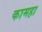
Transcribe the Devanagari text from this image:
कामहा